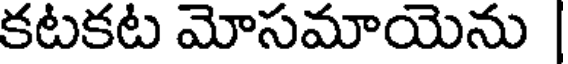
కటకట మోసమాయెను